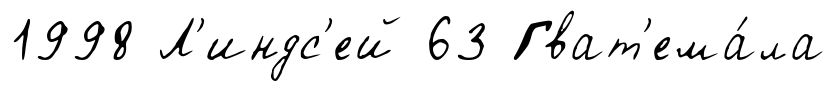
1998 Л'индс'ей 63 Гват'ема́ла